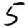
Digit: 5